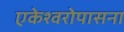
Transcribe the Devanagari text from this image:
एकेश्वरोपासना